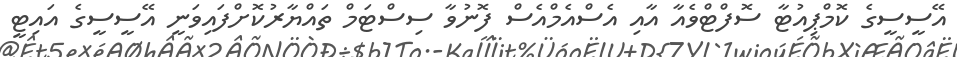
އޭސީސީގެ ކޮމްޕިއުޓާ ސޮފްޓްވެއާ އާއި އެސްއެމްއެސް ފޮނުވާ ސިސްޓަމް ތައްޔާރުކޮށްފައިވަނީ އޭސީސީގެ އައިޓީ